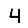
Digit: 4